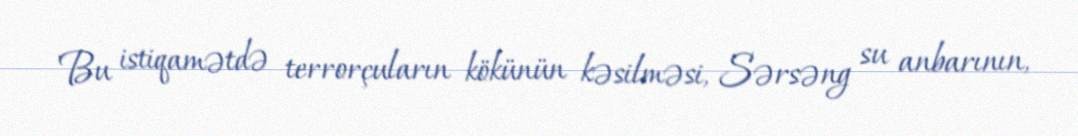
Bu istiqamətdə terrorçuların kökünün kəsilməsi, Sərsəng su anbarının,